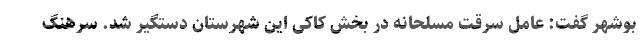
بوشهر گفت: عامل سرقت مسلحانه در بخش کاکی این شهرستان دستگیر شد. سرهنگ